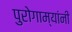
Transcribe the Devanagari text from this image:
पुरोगाम्यांनी